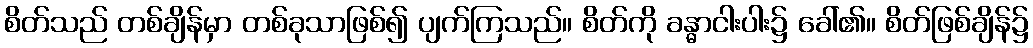
စိတ်သည် တစ်ချိန်မှာ တစ်ခုသာဖြစ်၍ ပျက်ကြသည်။ စိတ်ကို ခန္ဓာငါးပါး၌ ခေါ်၏။ စိတ်ဖြစ်ချိန်၌